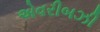
એવરીબઝી